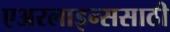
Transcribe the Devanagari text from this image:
एअरलाइन्ससाठी